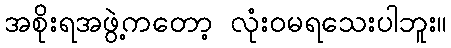
အစိုးရအဖွဲ့ကတော့ လုံးဝမရသေးပါဘူး။